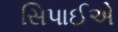
સિપાઈએ